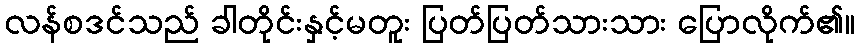
လန်စဒင်သည် ခါတိုင်းနှင့်မတူး ပြတ်ပြတ်သားသား ပြောလိုက်၏။